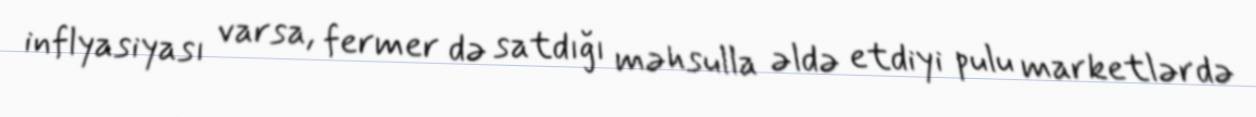
inflyasiyası varsa, fermer də satdığı məhsulla əldə etdiyi pulu marketlərdə